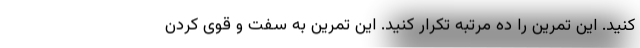
کنید. این تمرین را ده مرتبه تکرار کنید. این تمرین به سفت و قوی کردن